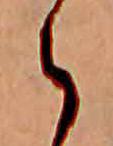
え